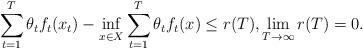
LaTeX: \begin{align*}\sum_{t=1}^{T} \theta_t f_t(x_t) - \inf_{x\in X} \sum_{t=1}^{T} \theta_t f_t(x) \leq r(T), \lim_{T \to \infty} r(T) = 0.\end{align*}